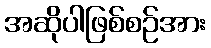
အဆိုပါဖြစ်စဉ်အား